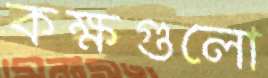
কক্ষগুলো